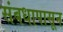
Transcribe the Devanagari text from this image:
संबधापासून